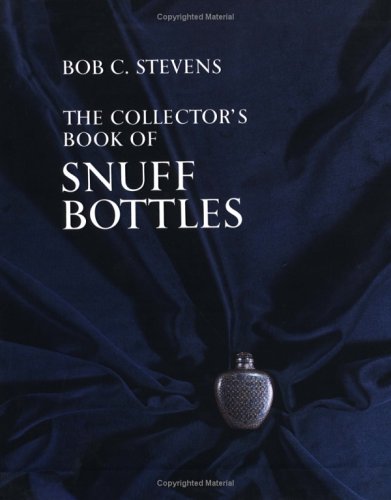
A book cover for Collector's Book of Snuff Bottles; Bob C. Stevens; Crafts, Hobbies & Home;